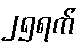
၂၅ရက်